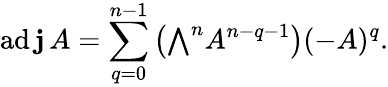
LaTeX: \operatorname{ad\mathbf{j}}A=\sum_{q=0}^{n-1}\left({\textstyle\bigwedge}^{n}A^{n-q-1}\right)(-A)^{q}.